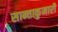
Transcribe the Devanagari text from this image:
सान्ताकुमारी